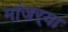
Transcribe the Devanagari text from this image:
मांजर्‍या